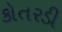
કોતરડી